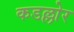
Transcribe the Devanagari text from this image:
कडल्लोर